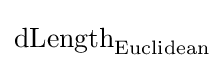
\mathrm {dLength} _{\text{Euclidean}}